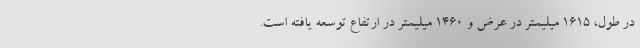
در طول، 1615 میلیمتر در عرض و 1460 میلیمتر در ارتفاع توسعه یافته است.